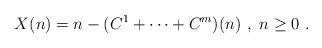
LaTeX: \begin{align*}X(n)=n-(C^1+\cdots+C^m)(n)~,~n\geq 0~.\end{align*}